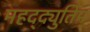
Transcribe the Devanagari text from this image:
महद्‌द्युतिम्